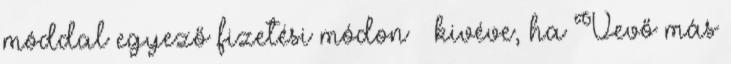
móddal egyező fizetési módon – kivéve, ha Vevő más